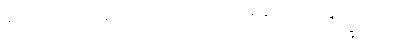
ရှင်ရဟန်းပြုမပေးရဟု ပညတ်ထားသော သိက္ခာပုဒ်။